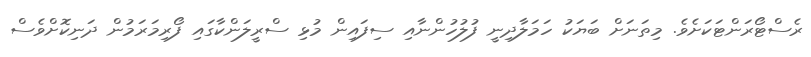
ރެސްޓޯރަންޓަކަށެވެ. މިތަނަށް ބަޔަކު ހަމަލާދިނީ ފުލުހުންނާއި ސިފައިން މުޅި ސްރީލަންކާގައި ފޯރިމަރަމުން ދަނިކޮށްވެސް